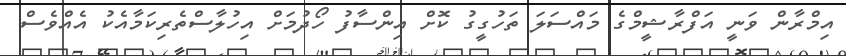
އިމްރާން ވަނީ އަފްރާޝީމްގެ މައްސަލަ ތަހުގީގު ކޮށް އިންސާފު ހޯދުމަށް އިހުލާސްތެރިކަމާއެކު އެއްވެސް